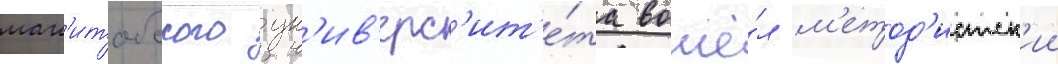
ман'итобского ун'ив'ерс'ит'е́та вошё́л м'етод'истск'ии